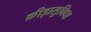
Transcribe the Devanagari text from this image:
क्रीड़ासुविधा